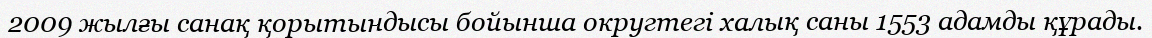
2009 жылғы санақ қорытындысы бойынша округтегі халық саны 1553 адамды құрады.